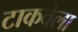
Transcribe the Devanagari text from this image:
टाकवेला